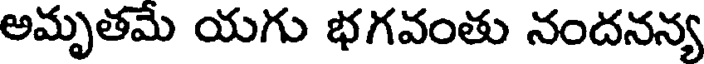
అమృతమే యగు భగవంతు నందనన్య